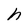
Character: h